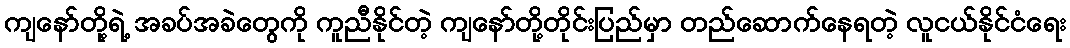
ကျနော်တို့ရဲ့ အခပ်အခဲတွေကို ကူညီနိုင်တဲ့ ကျနော်တို့တိုင်းပြည်မှာ တည်ဆောက်နေရတဲ့ လူငယ်နိုင်ငံရေး